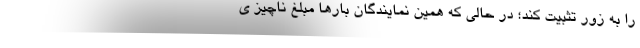
را به زور تثبیت کند؛ در حالی که همین نمایندگان بارها مبلغ ناچیز ی